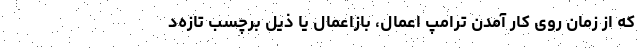
که از زمان روی کار آمدن ترامپ اعمال، بازاعمال یا ذیل برچسب تازه‌د